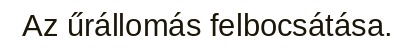
Az űrállomás felbocsátása.